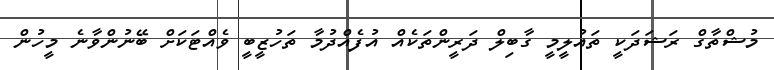
މުޝްތާގް ރަޝަދަކީ ތައުލީމީ ގާބިލް ދަރީންތަކެއް އުފެއްދުމާ ތަހުޒީބީ ވެއްޓަކަށް ބޭނުންވާނެ މީހުން